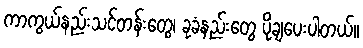
ကာကွယ်နည်းသင်တန်းတွေ၊ ခုခံနည်းတွေ ပို့ချပေးပါတယ်။